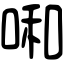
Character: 啝